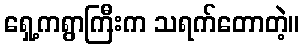
ရှေ့ကရွာကြီးက သရက်တောတဲ့။